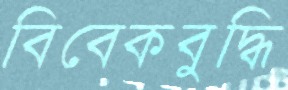
বিবেকবুদ্ধি